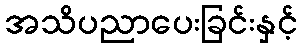
အသိပညာပေးခြင်းနှင့်